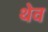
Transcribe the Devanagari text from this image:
थेव